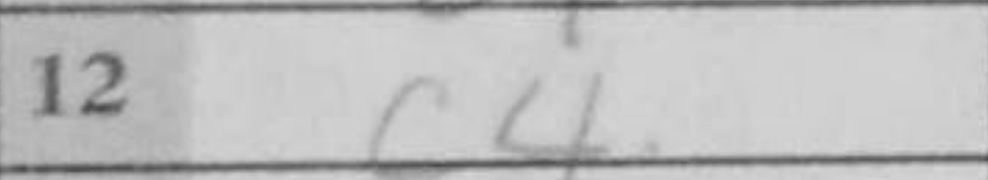
Transcription: c4